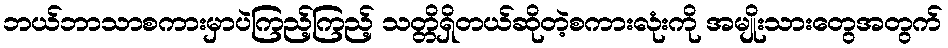
ဘယ်ဘာသာစကားမှာပဲကြည့်ကြည့် သတ္တိရှိတယ်ဆိုတဲ့စကားလုံးကို အမျိုးသားတွေအတွက်